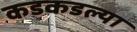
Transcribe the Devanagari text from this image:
कडकडल्या